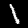
Label: 1